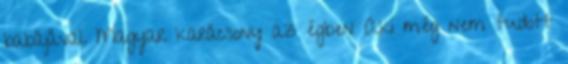
babájával. Magyar karácsony az égben Aki még nem tudott